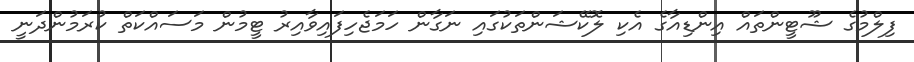
ފިލްމުގެ ޝޫޓީންތައް އިންޑިއާގެ އެކި ލޮކޭޝަންތަކުގައި ނަގާން ހަމަޖެހިފައިވާއިރު ޓީމުން މަސައްކަތް ކުރަމުންދަނީ